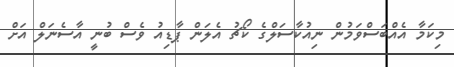
މިކަމާ އެއްބަސްވަމުން ނިއުކާސަލްގެ ކޯޗު އެލަން ޕާޑިއު ވެސް ބުނީ އާސެނަލް އަށް